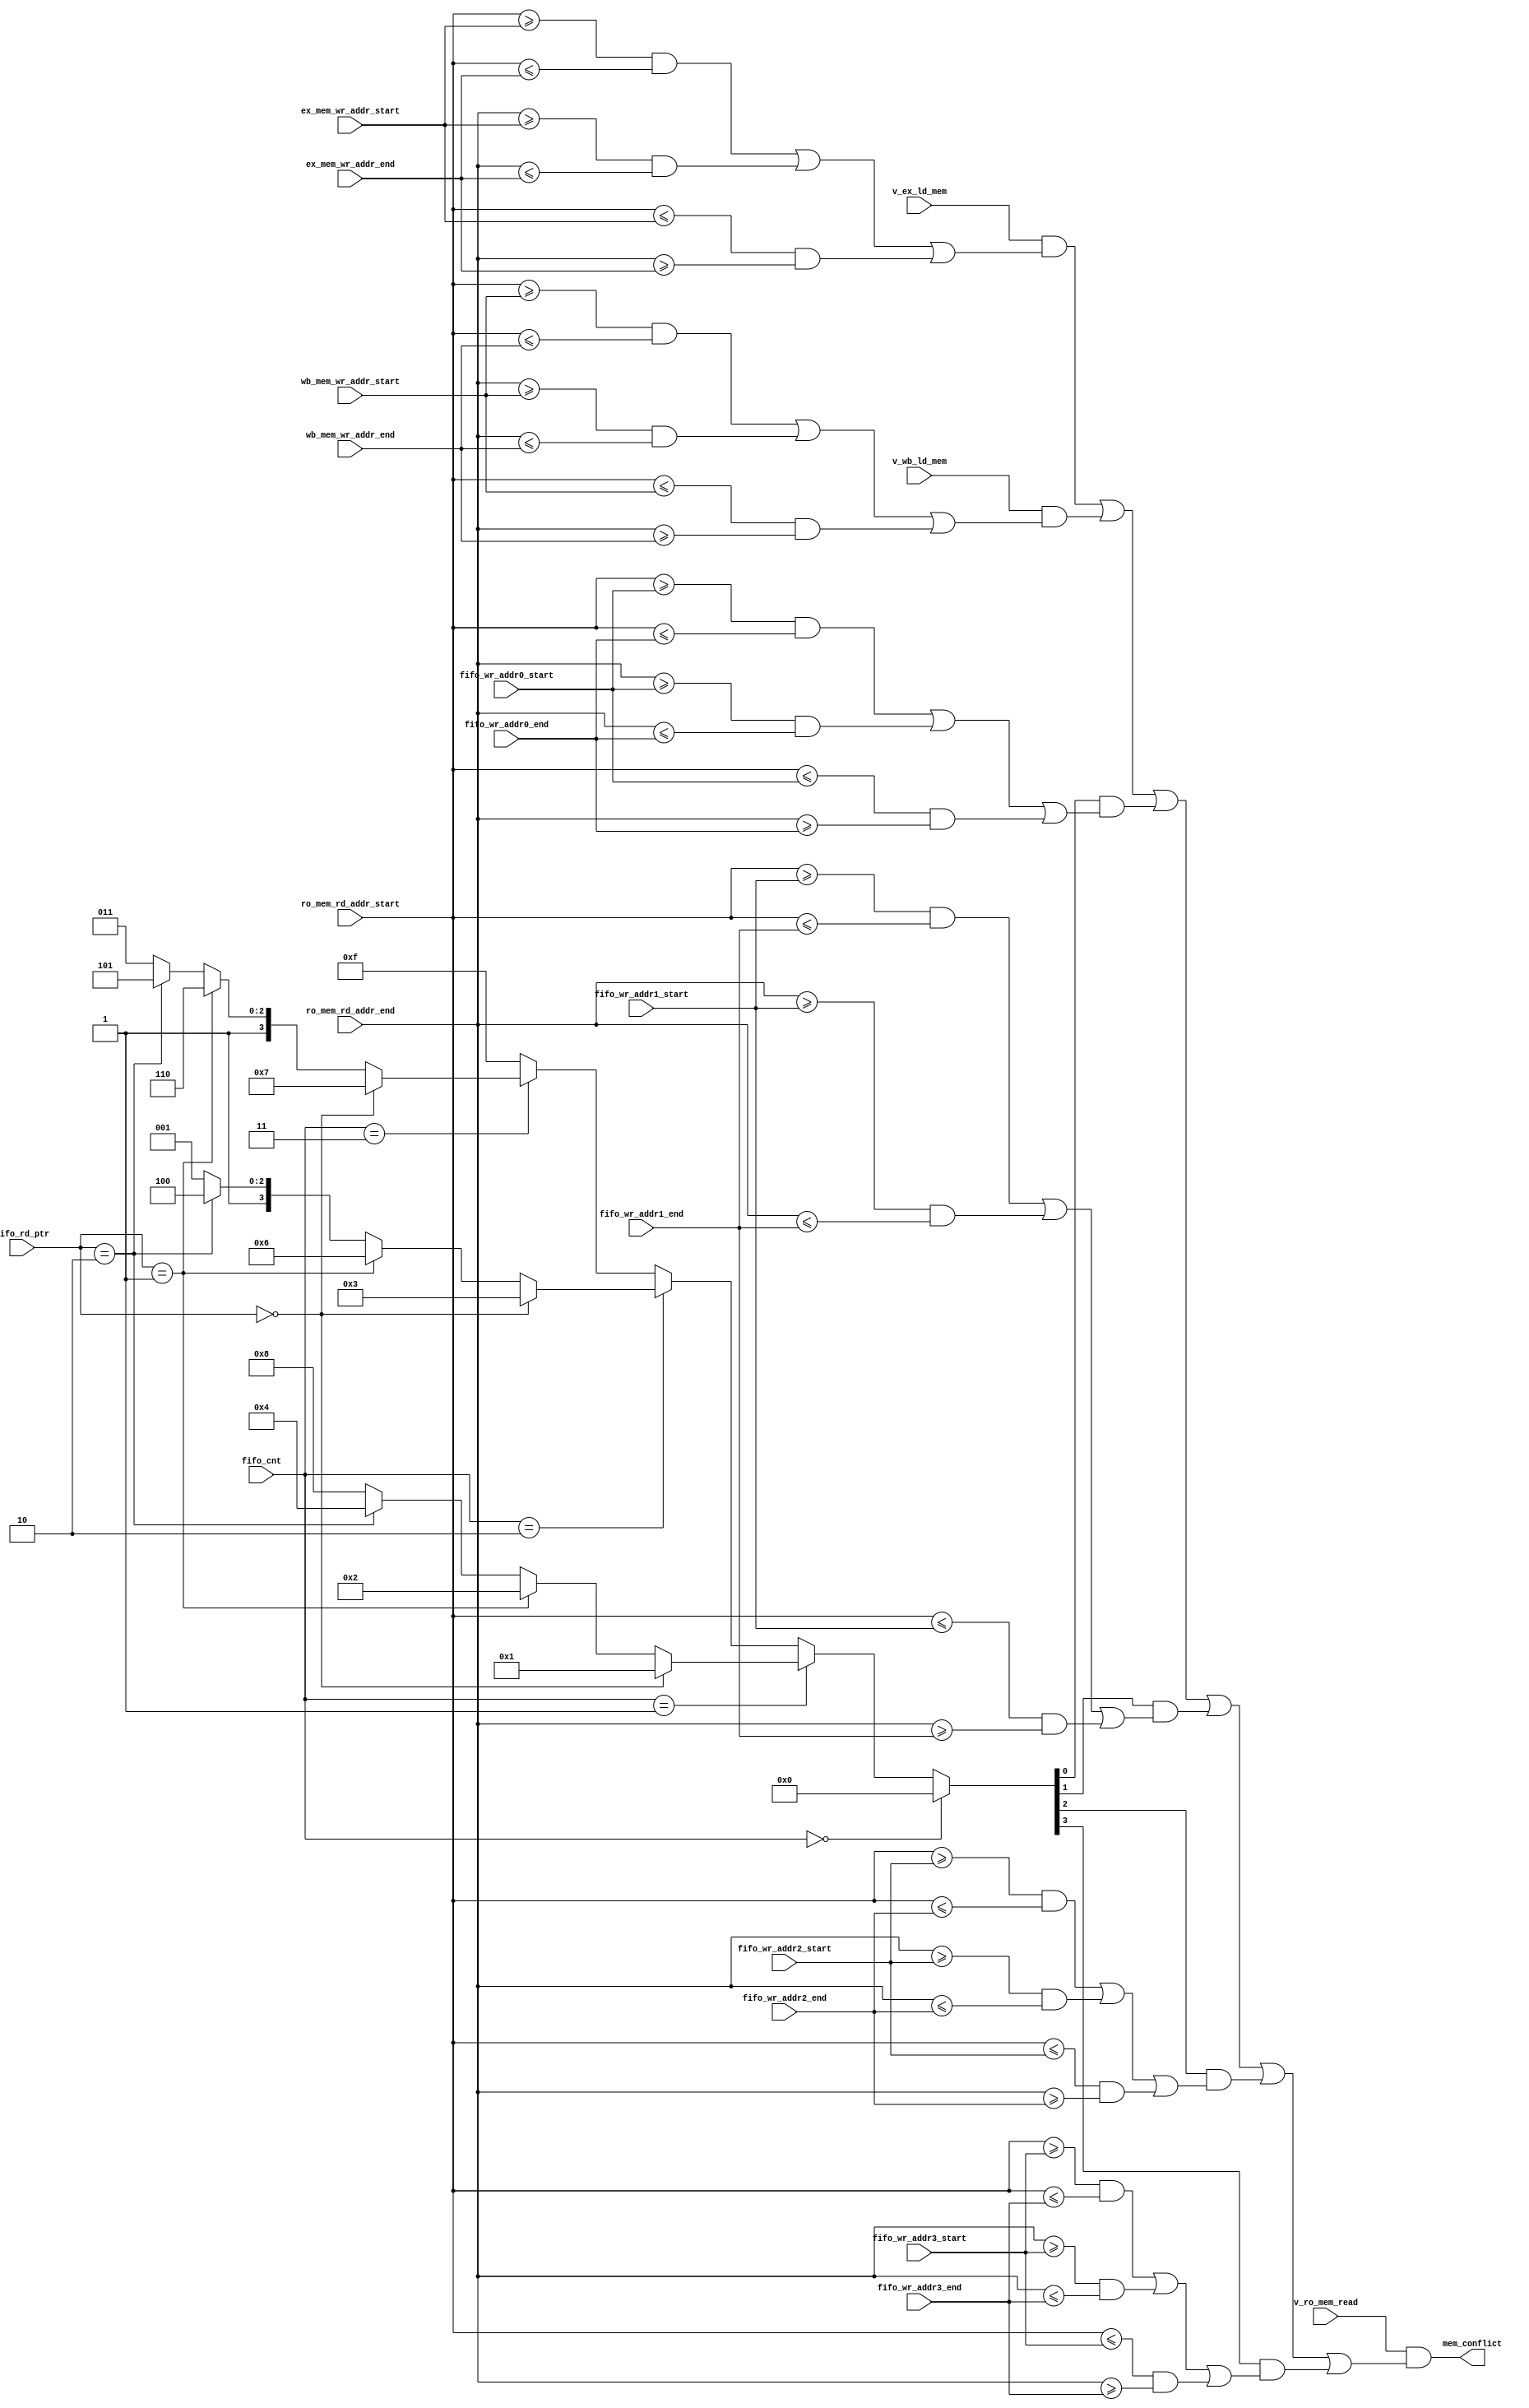
module mem_conflict_gen(mem_conflict, v_ro_mem_read, ro_mem_rd_addr_start, ro_mem_rd_addr_end,
                        v_ex_ld_mem, ex_mem_wr_addr_start, ex_mem_wr_addr_end, 
                        v_wb_ld_mem, wb_mem_wr_addr_start, wb_mem_wr_addr_end,
                        fifo_wr_addr0_start, fifo_wr_addr0_end, fifo_wr_addr1_start,
                        fifo_wr_addr1_end, fifo_wr_addr2_start, fifo_wr_addr2_end,
                        fifo_wr_addr3_start, fifo_wr_addr3_end, fifo_cnt, fifo_rd_ptr);

input        v_ro_mem_read;
input [31:0] ro_mem_rd_addr_start;
input [31:0] ro_mem_rd_addr_end;

input        v_ex_ld_mem;
input [31:0] ex_mem_wr_addr_start;
input [31:0] ex_mem_wr_addr_end;

input        v_wb_ld_mem;
input [31:0] wb_mem_wr_addr_start;
input [31:0] wb_mem_wr_addr_end;

input [31:0] fifo_wr_addr0_start;
input [31:0] fifo_wr_addr0_end;
input [31:0] fifo_wr_addr1_start;
input [31:0] fifo_wr_addr1_end;
input [31:0] fifo_wr_addr2_start;
input [31:0] fifo_wr_addr2_end;
input [31:0] fifo_wr_addr3_start;
input [31:0] fifo_wr_addr3_end;

input [2:0]  fifo_cnt;
input [1:0]  fifo_rd_ptr;

output       mem_conflict;

reg [3:0] V_fifo_entry;
assign mem_conflict = v_ro_mem_read && ( (v_ex_ld_mem && ((ro_mem_rd_addr_start>=ex_mem_wr_addr_start && ro_mem_rd_addr_start<=ex_mem_wr_addr_end) ||
                                                         (ro_mem_rd_addr_end  >=ex_mem_wr_addr_start && ro_mem_rd_addr_end  <=ex_mem_wr_addr_end) ||
                                                         (ro_mem_rd_addr_start<=ex_mem_wr_addr_start && ro_mem_rd_addr_end  >=ex_mem_wr_addr_end))) ||
                                         (v_wb_ld_mem && ((ro_mem_rd_addr_start>=wb_mem_wr_addr_start && ro_mem_rd_addr_start<=wb_mem_wr_addr_end) ||
                                                         (ro_mem_rd_addr_end  >=wb_mem_wr_addr_start && ro_mem_rd_addr_end  <=wb_mem_wr_addr_end) ||
                                                         (ro_mem_rd_addr_start<=wb_mem_wr_addr_start && ro_mem_rd_addr_end  >=wb_mem_wr_addr_end))) ||
                                         (V_fifo_entry[0] && ((ro_mem_rd_addr_start>=fifo_wr_addr0_start && ro_mem_rd_addr_start<=fifo_wr_addr0_end) ||
                                                             (ro_mem_rd_addr_end  >=fifo_wr_addr0_start && ro_mem_rd_addr_end  <=fifo_wr_addr0_end) ||
                                                             (ro_mem_rd_addr_start<=fifo_wr_addr0_start && ro_mem_rd_addr_end  >=fifo_wr_addr0_end))) ||
                                         (V_fifo_entry[1] && ((ro_mem_rd_addr_start>=fifo_wr_addr1_start && ro_mem_rd_addr_start<=fifo_wr_addr1_end) ||
                                                             (ro_mem_rd_addr_end  >=fifo_wr_addr1_start && ro_mem_rd_addr_end  <=fifo_wr_addr1_end) ||
                                                             (ro_mem_rd_addr_start<=fifo_wr_addr1_start && ro_mem_rd_addr_end  >=fifo_wr_addr1_end))) ||
                                         (V_fifo_entry[2] && ((ro_mem_rd_addr_start>=fifo_wr_addr2_start && ro_mem_rd_addr_start<=fifo_wr_addr2_end) ||
                                                             (ro_mem_rd_addr_end  >=fifo_wr_addr2_start && ro_mem_rd_addr_end  <=fifo_wr_addr2_end) ||
                                                             (ro_mem_rd_addr_start<=fifo_wr_addr2_start && ro_mem_rd_addr_end  >=fifo_wr_addr2_end))) ||
                                         (V_fifo_entry[3] && ((ro_mem_rd_addr_start>=fifo_wr_addr3_start && ro_mem_rd_addr_start<=fifo_wr_addr3_end) ||
                                                             (ro_mem_rd_addr_end  >=fifo_wr_addr3_start && ro_mem_rd_addr_end  <=fifo_wr_addr3_end) ||
                                                             (ro_mem_rd_addr_start<=fifo_wr_addr3_start && ro_mem_rd_addr_end  >=fifo_wr_addr3_end)))   );

always@(*) begin

  if(fifo_cnt == 3'h0)
    V_fifo_entry <= 4'b0000;

  else if(fifo_cnt == 3'h1) begin
    if(fifo_rd_ptr == 2'h0)
      V_fifo_entry <= 4'b0001;
    else if(fifo_rd_ptr == 2'h1)
      V_fifo_entry <= 4'b0010;
    else if(fifo_rd_ptr == 2'h2)
      V_fifo_entry <= 4'b0100;
    else 
      V_fifo_entry <= 4'b1000;
  end

  else if(fifo_cnt == 3'h2) begin
    if(fifo_rd_ptr == 2'h0)
      V_fifo_entry <= 4'b0011;
    else if(fifo_rd_ptr == 2'h1)
      V_fifo_entry <= 4'b0110;
    else if(fifo_rd_ptr == 2'h2)
      V_fifo_entry <= 4'b1100;
    else 
      V_fifo_entry <= 4'b1001;
  end

  else if(fifo_cnt == 3'h3) begin
    if(fifo_rd_ptr == 2'h0)
      V_fifo_entry <= 4'b0111;
    else if(fifo_rd_ptr == 2'h1)
      V_fifo_entry <= 4'b1110;
    else if(fifo_rd_ptr == 2'h2)
      V_fifo_entry <= 4'b1101;
    else 
      V_fifo_entry <= 4'b1011;
  end

  else
      V_fifo_entry <= 4'b1111;

end

endmodule